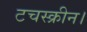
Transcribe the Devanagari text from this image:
टचस्क्रीन।